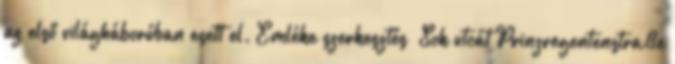
az első világháborúban esett el. Emléke szerkesztés Sok utcát Prinzregentenstraße